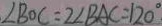
\angle B O C = 2 \angle B A C = 1 2 0 ^ { \circ }